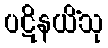
ပဋိနယိံသု